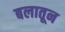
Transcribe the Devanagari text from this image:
बलातून